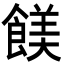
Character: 𩝏